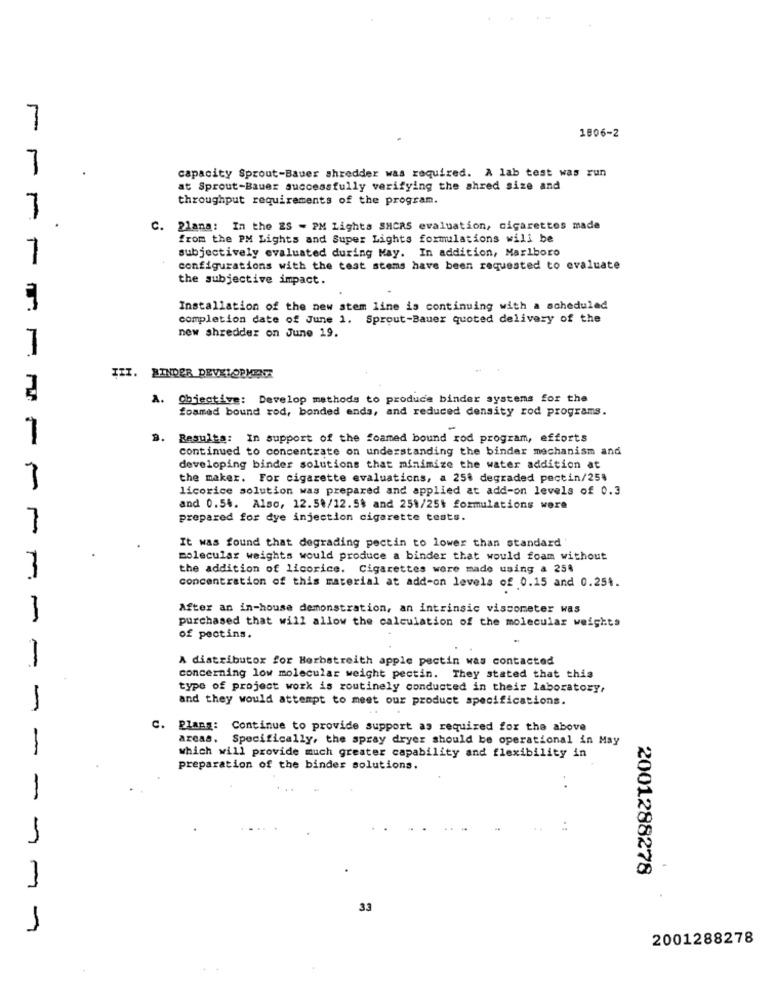
7
1806-2
capacity Sprout-Bauer shredder was required. A lab test was run
at Sprout-Bauer successfully verifying the shred size and
throughput requirements of the program.
7
C.
Plana: In the ES - PM Lights SHCAS evaluation, cigarettes made
from the PM Lights and Super Lights formulations will be
subjectively evaluated during May. In addition, Marlboro
7
configurations with the test stems have been requested to evaluate
the subjective impact.
.
Installation of the new stem line is continuing with a scheduled
completion date of June 1. Sprout-Bauer quoted delivery of the
new shredder on June 19.
III. BINDER DEVELOPMENT
A. Objective: Develop methods to produce binder systems for the
foamed bound rod, bonded ends, and reduced density rod programs.
7
B.
Resulta: In support of the foamed bound rod program, efforts
continued to concentrate on understanding the binder mechanism and
developing binder solutions that minimize the water addition at
the maker. For cigarette evaluations, a 25% degraded pectin/25%
licorice solution was prepared and applied at add-on levels of 0.3
and 0.54. Also, 12.59/12.5$ and 251/25t formulations were
prepared for dye injection cigarette tests.
It was found that degrading pectin to lower than standard
molecular weights would produce a binder that would foam without
the addition of licorice. Cigarettes were made using a 258
-
concentration of this material at add-on levels of 0.15 and 0.254.
After an in-house demonstration, an intrinsic viscometer was
1
purchased that will allow the calculation of the molecular weights
of pectins.
A distributor for Herbstreith apple pectin was contacted
-
concerning low molecular weight pectin. They stated that this
type of project work is routinely conducted in their laboratory,
and they would attempt to meet our product specifications.
1
C.
Plang: Continue to provide support as required for the above
areas. Specifically, the spray dryer should be operational in May
-
which will provide much greater capability and flexibility in
preparation of the binder solutions.
..
2001288278
33
2001288278